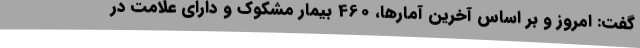
گفت: امروز و بر اساس آخرین آمارها، 460 بیمار مشکوک و دارای علامت در